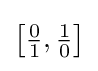
{\bigl [}{\tfrac {0}{1}},{\tfrac {1}{0}}{\bigr ]}